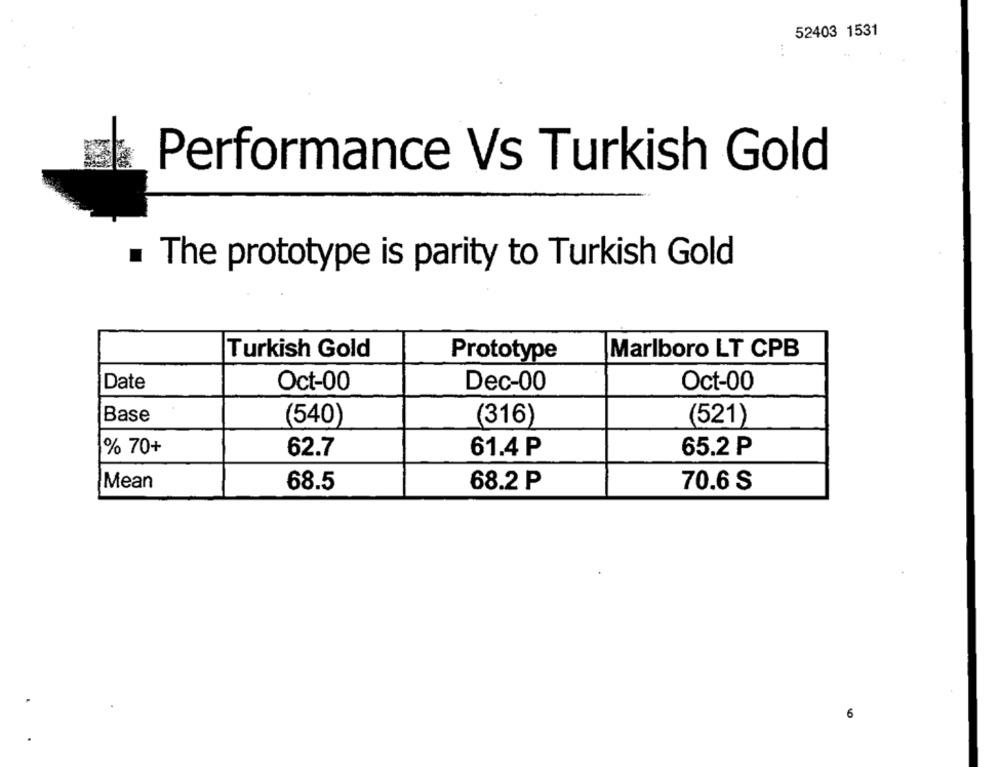
52403 1531
Performance Vs Turkish Gold
. The prototype is parity to Turkish Gold
Turkish Gold
Marlboro LT CPB
Prototype
Date
Oct-00
Dec-00
Oct-00
Base
(540)
(316)
(521)
% 70+
62.7
61.4 P
65.2 P
Mean
68.5
68.2 P
70.6 S
6